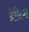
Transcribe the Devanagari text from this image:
ब्रेसिया